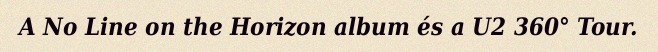
A No Line on the Horizon album és a U2 360° Tour.